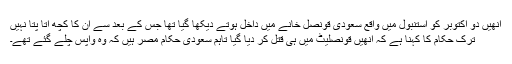
انھیں دو اکتوبر کو استنبول میں واقع سعودی قونصل خانے میں داخل ہوتے دیکھا گیا تھا جس کے بعد سے ان کا کچھ اتا پتا نہیں
ترک حکام کا کہنا ہے کہ انھیں قونصلیٹ میں ہی قتل کر دیا گیا تاہم سعودی حکام مُصر ہیں کہ وہ واپس چلے گئے تھے۔